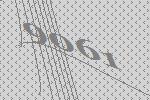
9061